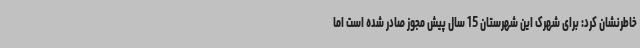
خاطرنشان کرد: برای شهرک این شهرستان 15 سال پیش مجوز صادر شده است اما